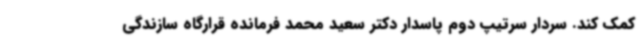
کمک کند. سردار سرتیپ دوم پاسدار دکتر سعید محمد فرمانده قرارگاه سازندگی